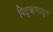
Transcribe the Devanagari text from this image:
पितृऋणातुन